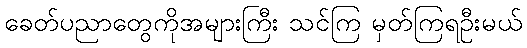
ခေတ်ပညာတွေကိုအများကြီး သင်ကြ မှတ်ကြရဦးမယ်